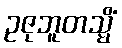
ဥဇုဘူတသ္မိံ